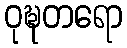
ဝုဍ္ဎတရော